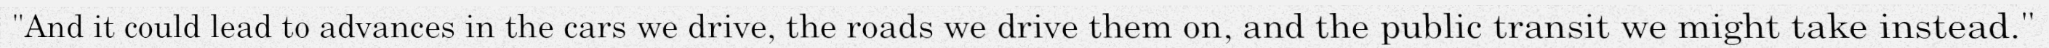
"And it could lead to advances in the cars we drive, the roads we drive them on, and the public transit we might take instead."